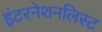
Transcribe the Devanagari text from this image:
इंटरनेशनलिस्ट